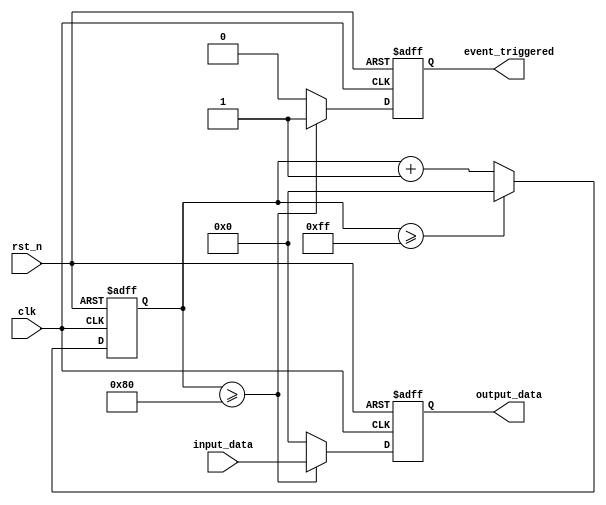
module parameter_focused_init #(
    parameter INITIAL_VALUE = 8'h00,     // Default initial value
    parameter MAX_COUNT = 8'hFF,          // Maximum count value
    parameter THRESHOLD = 8'h80            // Threshold for behavior change
)(
    input wire clk,                        // Clock input
    input wire rst_n,                      // Active-low reset
    input wire [7:0] input_data,          // Input data
    output reg [7:0] output_data,         // Output data
    output reg event_triggered             // Event trigger output
);

    // Internal state register
    reg [7:0] internal_value;

    // Initialization Logic
    always @(posedge clk or negedge rst_n) begin
        if (!rst_n) begin
            // Reset condition
            internal_value <= INITIAL_VALUE; // Set to initial value
            output_data <= 8'h00;
            event_triggered <= 1'b0;
        end else begin
            // Normal operation
            internal_value <= internal_value + 1; // Increment internal value

            // Behavioral Logic
            if (internal_value >= THRESHOLD) begin
                output_data <= input_data; // Output the input data
                event_triggered <= 1'b1;    // Trigger event
            end else begin
                output_data <= 8'h00;       // Reset output if below threshold
                event_triggered <= 1'b0;     // Reset event trigger
            end

            // Check for maximum count
            if (internal_value >= MAX_COUNT) begin
                internal_value <= INITIAL_VALUE; // Reset internal value after max count
            end
        end
    end

endmodule